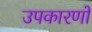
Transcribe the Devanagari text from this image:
उपकारणों